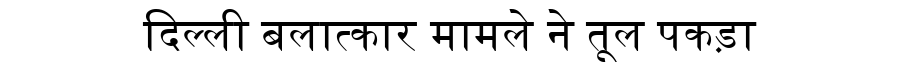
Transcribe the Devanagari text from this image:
दिल्ली बलात्कार मामले ने तूल पकड़ा